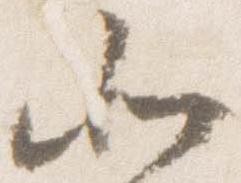
北